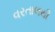
વરતાલથી